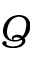
Q